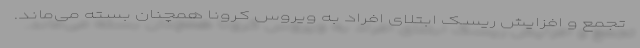
تجمع و افزایش ریسک ابتلای افراد به ویروس کرونا همچنان بسته می‌ماند.